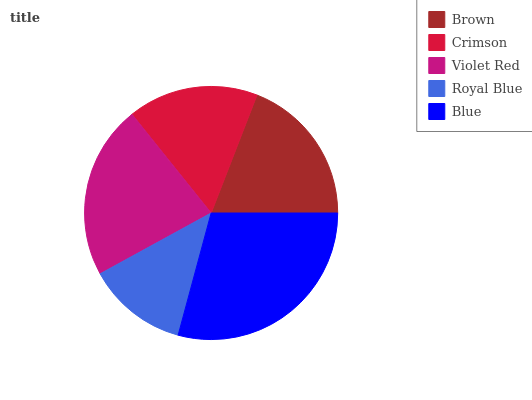
| Brown | Crimson | Violet Red | Royal Blue | Blue |
 | --- | --- | --- | --- | --- |
 | 19.1% | 16.7% | 22.3% | 12.8% | 29.1% |